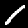
Label: 1